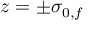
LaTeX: z = \pm \sigma _ { 0 , f }